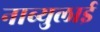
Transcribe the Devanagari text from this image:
नाब्युलाई